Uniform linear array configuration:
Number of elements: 16
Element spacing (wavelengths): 0.25
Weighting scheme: cosine
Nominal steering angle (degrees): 30
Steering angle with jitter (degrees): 30.536
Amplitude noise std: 0.05
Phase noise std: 0.05

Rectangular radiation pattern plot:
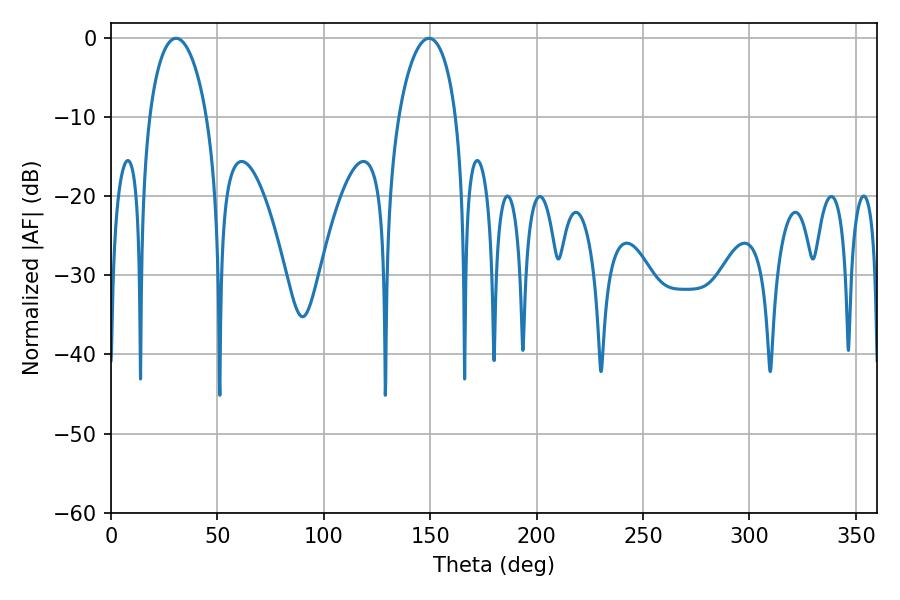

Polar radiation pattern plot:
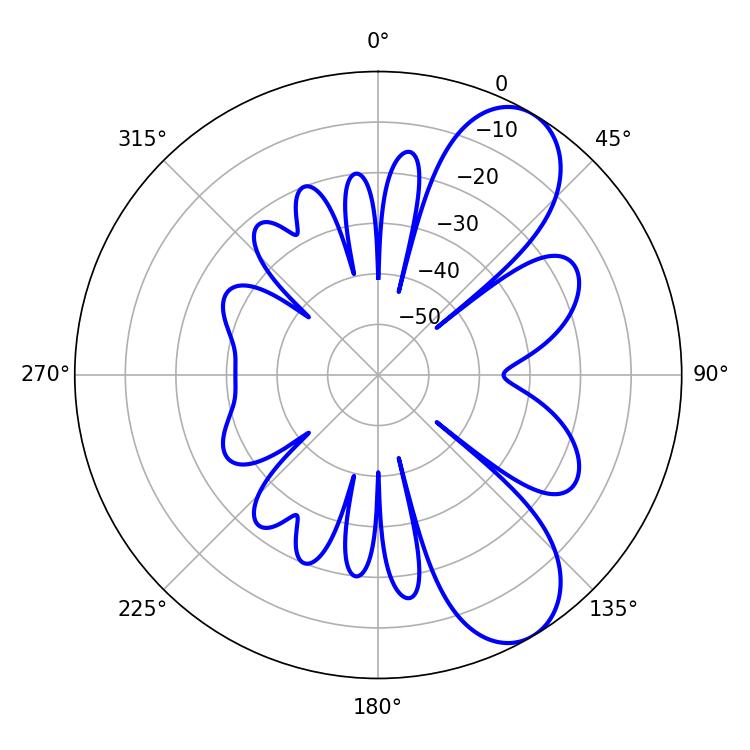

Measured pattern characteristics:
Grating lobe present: FALSE
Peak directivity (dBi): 8.274
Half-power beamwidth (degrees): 15.3
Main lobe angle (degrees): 30.6